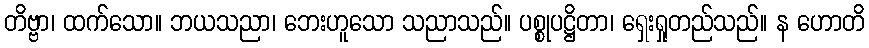
တိဗ္ဗာ၊ ထက်သော။ ဘယသညာ၊ ဘေးဟူသော သညာသည်။ ပစ္စုပဋ္ဌိတာ၊ ရှေးရှုတည်သည်။ န ဟောတိ